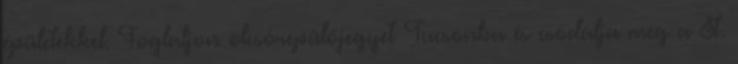
épületekkel. Foglaljon olcsórepülőjegyet Tucsonba és csodálja meg a St.